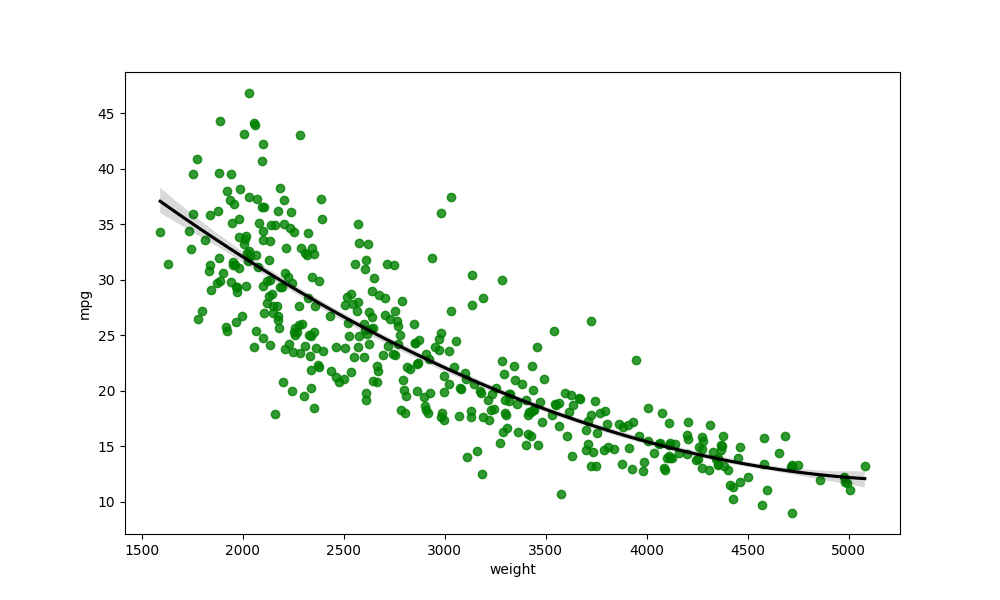
python, seaborn, regplot, order=3, ci=68, scatter_color=green, line_color=black